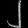
Digit: ၂